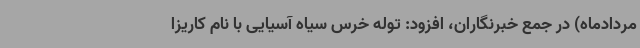
مردادماه) در جمع خبرنگاران، افزود: توله خرس سیاه آسیایی با نام کاریزا